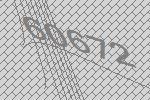
60672